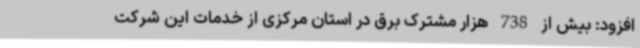
افزود: بیش از 738 هزار مشترک برق در استان مرکزی از خدمات این شرکت